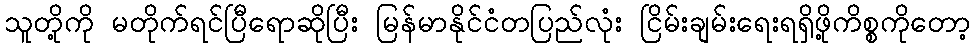
သူတို့ကို မတိုက်ရင်ပြီရောဆိုပြီး မြန်မာနိုင်ငံတပြည်လုံး ငြိမ်းချမ်းရေးရရှိဖို့ကိစ္စကိုတော့